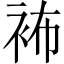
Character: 𧙛